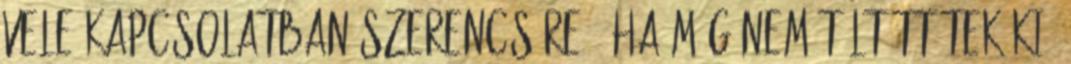
vele kapcsolatban szerencsére . Ha még nem töltöttétek ki,